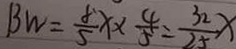
B W = \frac { 8 } { 5 } x \times \frac { 4 } { 5 } = \frac { 3 2 } { 2 5 } x